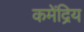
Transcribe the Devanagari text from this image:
कमेंद्रिय